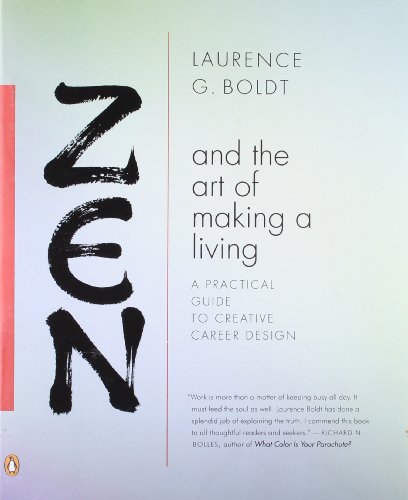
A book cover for Zen and the Art of Making a Living: A Practical Guide to Creative Career Design; Laurence G. Boldt; Business & Money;